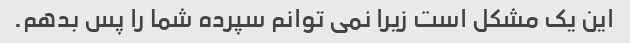
این یک مشکل است زیرا نمی توانم سپرده شما را پس بدهم.